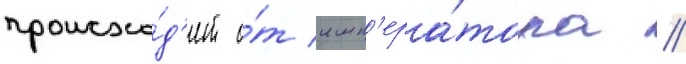
происхо́д'ит о́т имп'ера́тора /